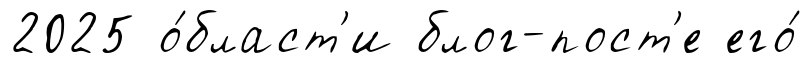
2025 о́бласт'и блог-пост'е его́